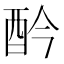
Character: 𨟹